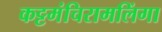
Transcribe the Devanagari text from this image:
कट्टमंचिरामलिंगा